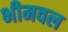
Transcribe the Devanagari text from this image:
भीमवल